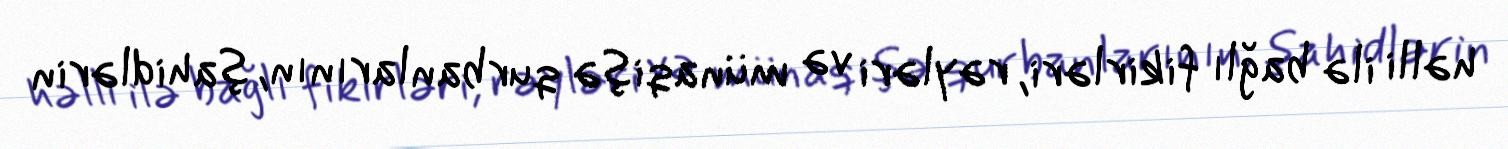
həlli ilə bağlı fikirləri, rəyləri və münaqişə qurbanlarının, şahidlərin